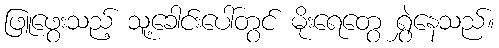
ဖြူဖွေးသည့် သူ့ခေါင်းပေါ်တွင် မိုးရေတွေ ရွှဲနေသည်။